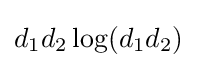
d_{1}d_{2}\log(d_{1}d_{2})